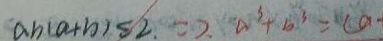
a b ( a + b ) \leq 2 \Rightarrow a ^ { 3 } + b ^ { 3 } = C a